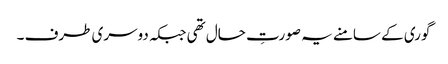
گوری کے سامنے یہ صورتِ حال تھی جبکہ دوسری طرف ۔